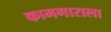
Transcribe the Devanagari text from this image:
कामगाराला